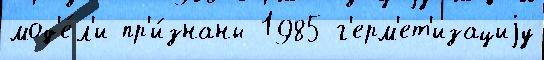
мод'е́л'и пр'и́знаны 1985 г'ерм'ет'изациjу